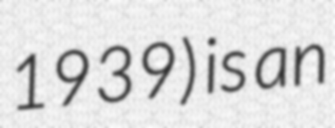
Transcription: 1939) is an